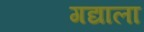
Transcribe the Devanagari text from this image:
गद्याला